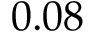
0 . 0 8